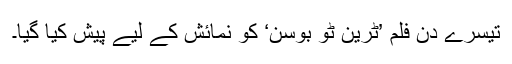
تیسرے دن فلم ’ٹرین ٹو بوسن‘ کو نمائش کے لیے پیش کیا گیا۔